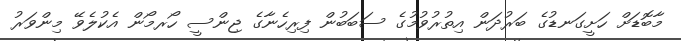
މާބޮޑަށް ހަށީގަނޑުގެ ބަރުދަން އިތުރުވުމުގެ ސަބަބުން ފިރިހެނާގެ ޖިންސީ ހޯރމޯން އެކުލެވޭ މިންވަރު